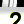
Digit: 2